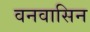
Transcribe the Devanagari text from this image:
वनवासिन